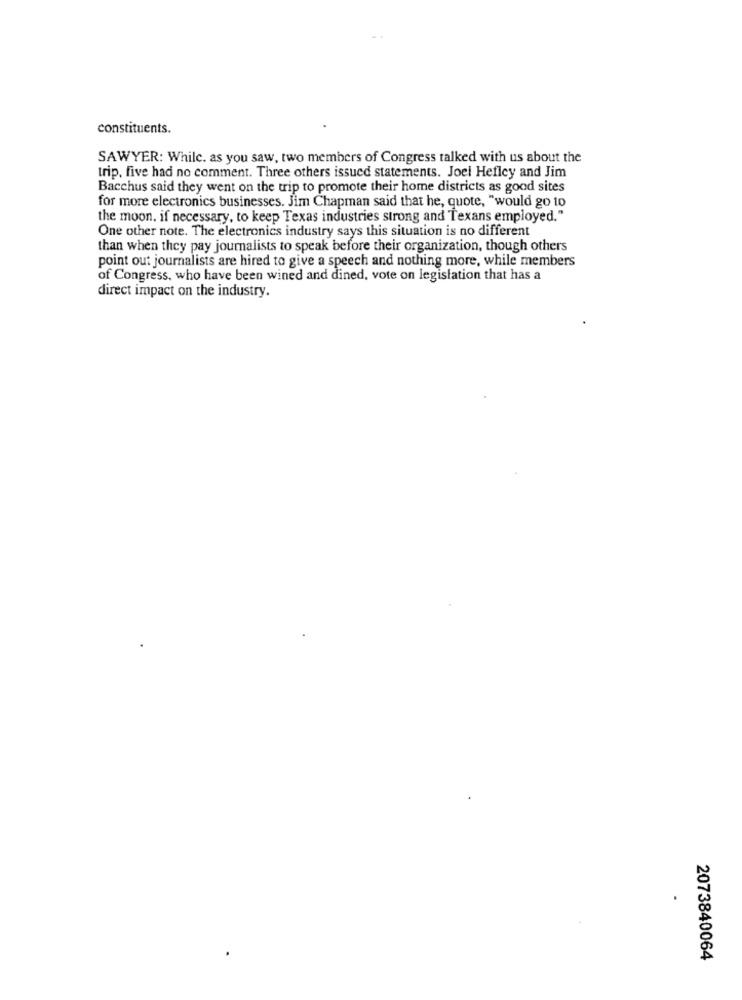
constituents.
SAWYER: While. as you saw, two members of Congress talked with us about the
trip, five had no comment. Three others issued statements. Joel Hefley and Jim
Bacchus said they went on the trip to promote their home districts as good sites
for more electronics businesses. Jim Chapman said that he, quote, "would go to
the moon, if necessary, to keep Texas industries strong and Texans employed."
One other note. The electronics industry says this situation is no different
than when they pay journalists to speak before their organization, though others
point out journalists are hired to give a speech and nothing more, while members
of Congress, who have been wined and dined, vote on legislation that has a
direct impact on the industry.
2073840064